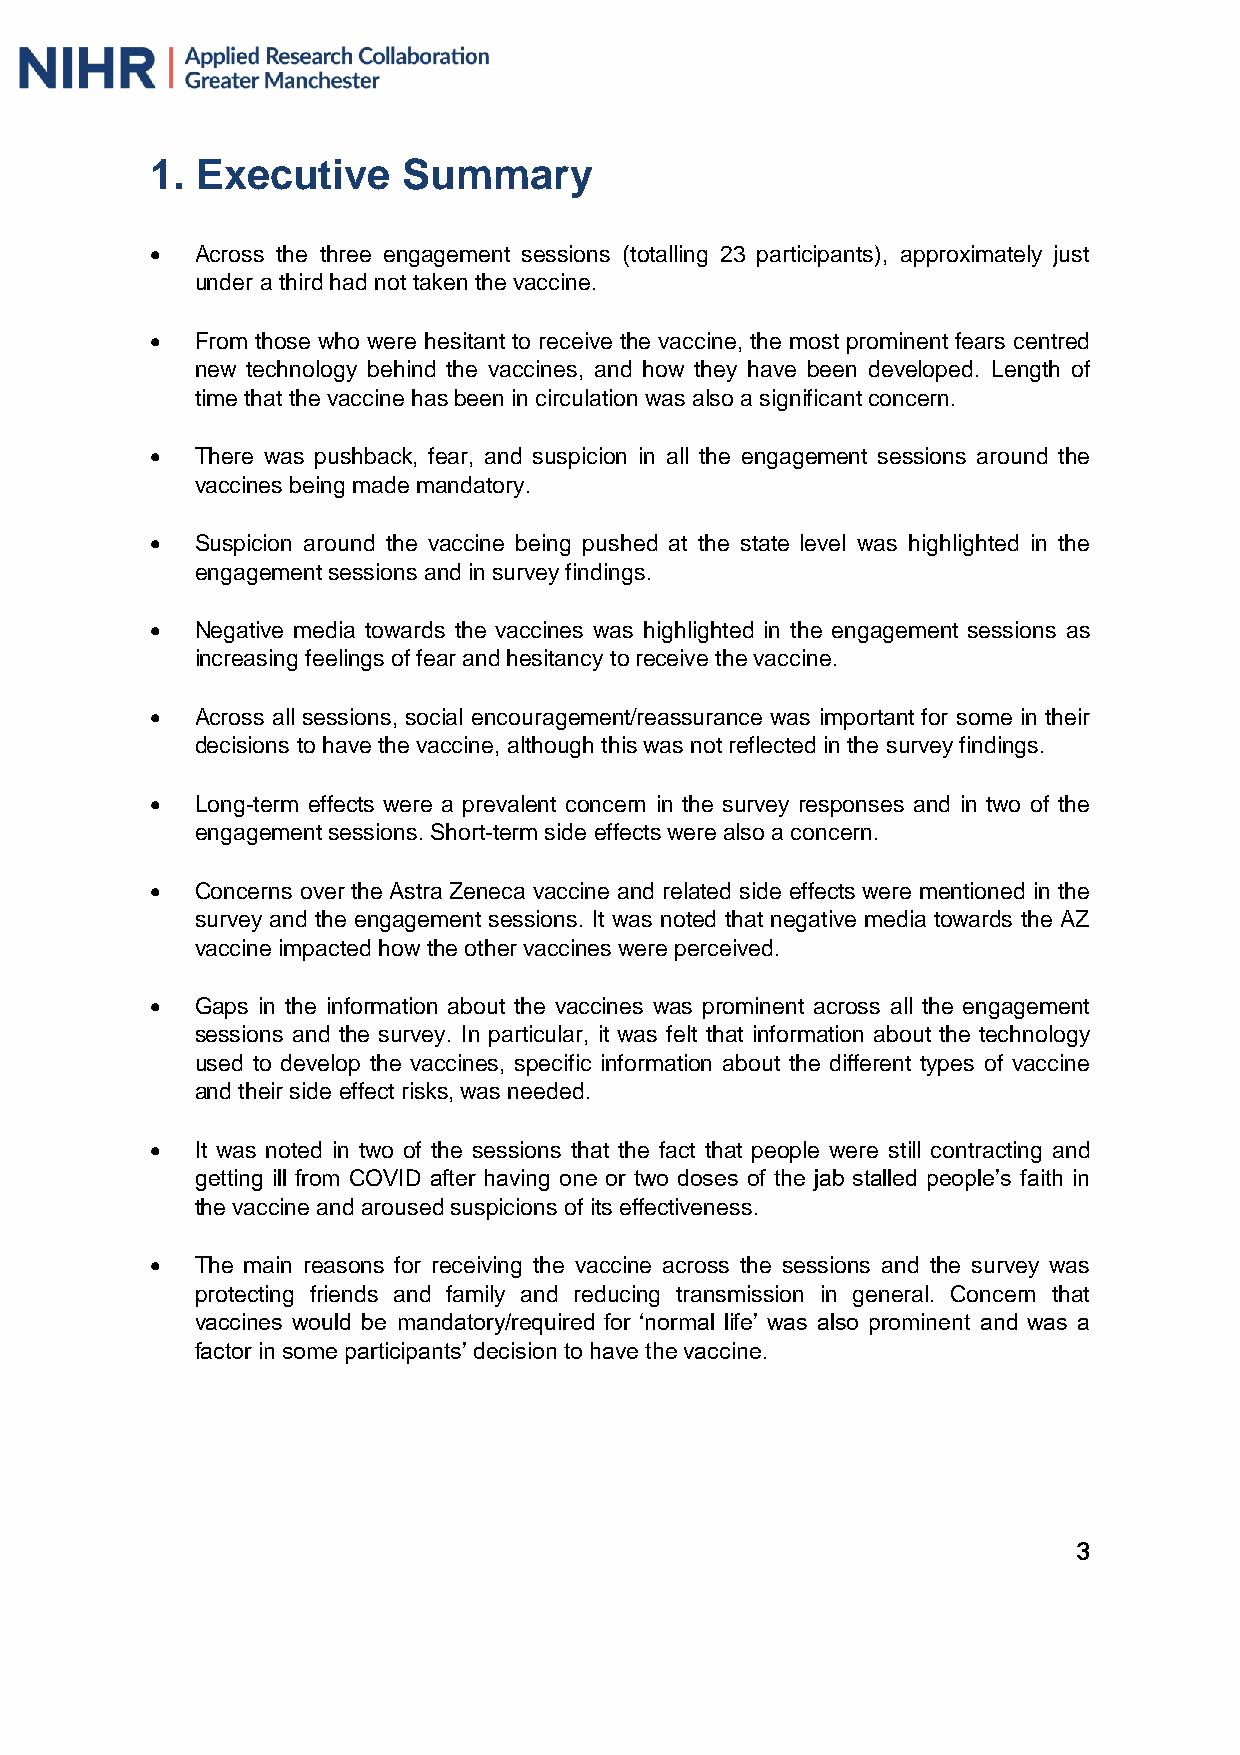
1. Executive     Summary
   Across the three engagement sessions (totalling 23 participants), approximately just
 under a third had not taken the vaccine.
   From those who were hesitant to receive the vaccine, the most prominent fears centred
 new technology behind the vaccines, and how they have been developed. Length of
 time that the vaccine has been in circulation was also a significant concern.
   There was pushback, fear, and suspicion in all the engagement sessions around the
 vaccines being made mandatory.
   Suspicion around the vaccine being pushed at the state level was highlighted in the
 engagement sessions and in survey findings.
   Negative media towards the vaccines was highlighted in the engagement sessions as
 increasing feelings of fear and hesitancy to receive the vaccine.
   Across all sessions, social encouragement/reassurance was important for some in their
 decisions to have the vaccine, although this was not reflected in the survey findings.
   Long-term effects were a prevalent concern in the survey responses and in two of the
 engagement sessions. Short-term side effects were also a concern.
   Concerns over the Astra Zeneca vaccine and related side effects were mentioned in the
 survey and the engagement sessions. It was noted that negative media towards the AZ
 vaccine impacted how the other vaccines were perceived.
   Gaps in the information about the vaccines was prominent across all the engagement
 sessions and the survey. In particular, it was felt that information about the technology
 used to develop the vaccines, specific information about the different types of vaccine
 and their side effect risks, was needed.
   It was noted in two of the sessions that the fact that people were still contracting and
 getting ill from COVID after having one or two doses of the jab stalled people’s faith in
 the vaccine and aroused suspicions of its effectiveness.
   The main reasons for receiving the vaccine across the sessions and the survey was
 protecting friends and family and reducing transmission in general. Concern that
 vaccines would be mandatory/required for ‘normal life’ was also prominent and was a
 factor in some participants’ decision to have the vaccine.
 3